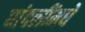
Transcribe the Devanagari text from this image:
धांदलींमधे